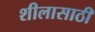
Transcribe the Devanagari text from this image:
शीलासाठी